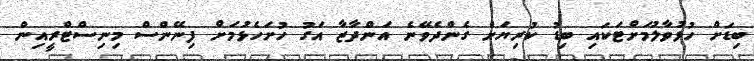
ބިޑަށް ހުޅުވާލުމަށްޓަކައި ބިޑު ކުރިޔަށް ގެންދެވޭނެ އަންދާޒާ އަގު ހުށަހެޅުމަށް ފިނޭންސް މިނިސްޓްރީއިން